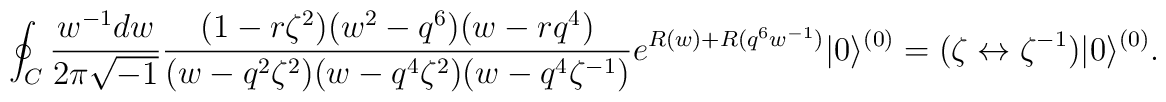
\oint_{C} \frac{w^{-1}dw}{2\pi\sqrt{-1}}  \frac{(1-r\zeta^2)(w^2-q^6)(w-rq^4)}  {(w-q^2\zeta^2)(w-q^4\zeta^2)(w-q^4\zeta^{-1})}  e^{R(w)+R(q^6 w^{-1})} |0\rangle^{(0)}  =  (\zeta \leftrightarrow \zeta^{-1}) |0\rangle^{(0)}.